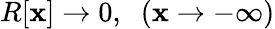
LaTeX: R[\mathbf{x}]\rightarrow0,\; \; (\mathbf{x}\rightarrow-\infty)